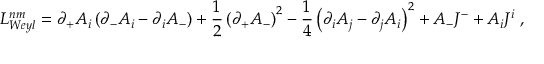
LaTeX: { \cal L } _ { W e y l } ^ { n m } = \partial _ { + } { A } _ { i } \left( \partial _ { - } { A } _ { i } - \partial _ { i } A _ { - } \right) + \frac 1 2 \left( \partial _ { + } { A } _ { - } \right) ^ { 2 } - \frac 1 4 \left( \partial _ { i } { A } _ { j } - \partial _ { j } { A } _ { i } \right) ^ { 2 } + { A } _ { - } { J } ^ { - } + { A } _ { i } { J } ^ { i } \; ,